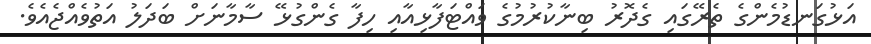
އަޅުގަނޑުމެންގެ ތެރޭގައި ގެދޮރު ބިނާކުރުމުގެ ވައްޓަފާޅިއާއި ހިފާ ގެންގުޅޭ ސާމާނަށް ބަދަލު އަތުވެއްޖެއެވެ.